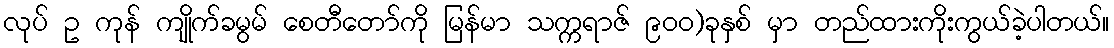
လုပ် ဥ ကုန် ကျိုက်ခမွမ် စေတီတော်ကို မြန်မာ သက္ကရာဇ် ၉၀၀)ခုနှစ် မှာ တည်ထားကိုးကွယ်ခဲ့ပါတယ်။